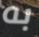
به